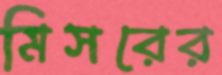
মিসরের